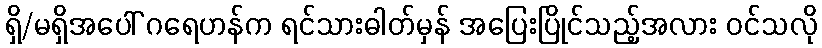
ရှိ/မရှိအပေါ် ဂရေဟန်က ရင်သားဓါတ်မှန် အပြေးပြိုင်သည့်အလား ဝင်သလို